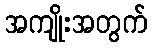
အကျိုးအတွက်